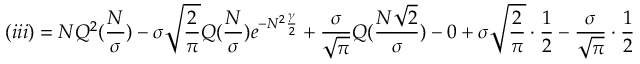
( i i i ) = N Q ^ { 2 } ( \frac { N } { \sigma } ) - \sigma \sqrt { \frac { 2 } { \pi } } Q ( \frac { N } { \sigma } ) e ^ { - N ^ { 2 } \frac { \gamma } { 2 } } + \frac { \sigma } { \sqrt { \pi } } Q ( \frac { N \sqrt { 2 } } { \sigma } ) - 0 + \sigma \sqrt { \frac { 2 } { \pi } } \cdot \frac { 1 } { 2 } - \frac { \sigma } { \sqrt { \pi } } \cdot \frac { 1 } { 2 }